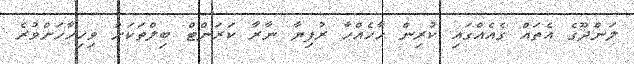
ލަންދޫގެ އެތައް ގެއެއްގައި ކުރިން ހާހެއްހާ ރުފިޔާ ނާރާ ކަރަންޓް ބިލްތަކަށް ވިހިހާހަށްވުރެ